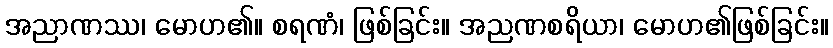
အညာဏဿ၊ မောဟ၏။ စရဏံ၊ ဖြစ်ခြင်း။ အညဏစရိယာ၊ မောဟ၏ဖြစ်ခြင်း။